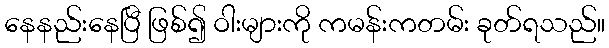
နေနည်းနေပြီ ဖြစ်၍ ဝါးများကို ကမန်းကတမ်း ခုတ်ရသည်။